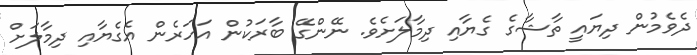
ދެވެމުން ދިޔައީ ތާޝާގެ ގެޔާއި ދިމާލަށެވެ. ނޭންގޭ ބާރަކުން އަހަރެން އެގެޔާއި ދިމާލަށް